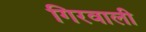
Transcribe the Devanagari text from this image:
गिरवाली